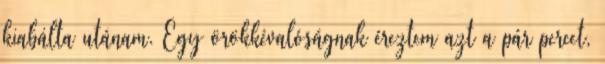
kiabálta utánam. Egy örökkévalóságnak éreztem azt a pár percet,